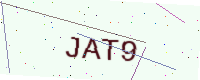
Text: JAT9